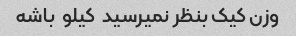
وزن کیک بنظر نمیرسید  کیلو  باشه